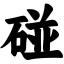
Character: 碰